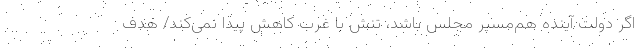
اگر دولت آینده هم‌مسیر مجلس باشد، تنش با غرب کاهش پیدا نمی‌کند/ هدف